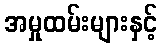
အမှုထမ်းများနှင့်